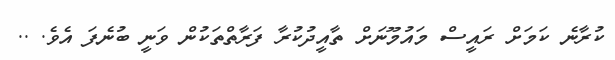
ކުރާނެ ކަމަށް ރައީސް މައުމޫނަށް ތާއީދުކުރާ ފަރާތްތަކުން ވަނީ ބުނެފަ އެެވެ. ..